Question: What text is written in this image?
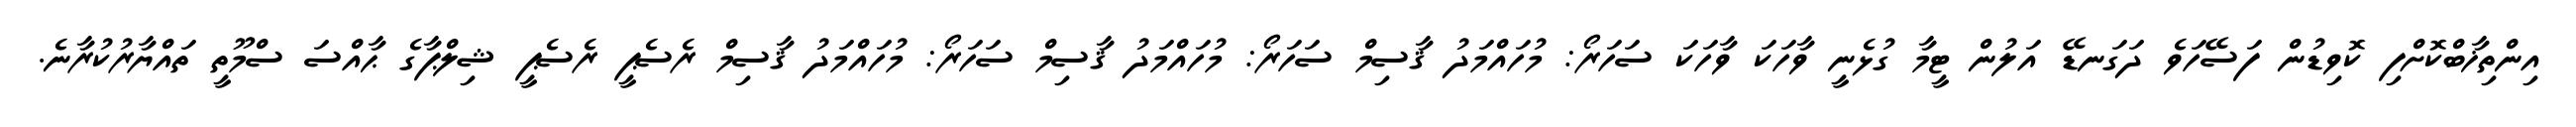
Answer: އިންތިޚާބްކޮށްފި ކޮވިޑުން ފަސޭހަވެ ދަގަނޑޭ އަލުން ޓީމާ ގުޅެނީ ވާހަކަ ވާހަކަ ސަހަރޯ: މުހައްމަދު ޤާސިމް ސަހަރޯ: މުހައްމަދު ޤާސިމް ސަހަރޯ: މުހައްމަދު ޤާސިމް ރެސެޕީ ރެސެޕީ ޝިލްޕާގެ ޙާއްސަ ސްމޫތީ ތައްޔާރުކުރާނެ.